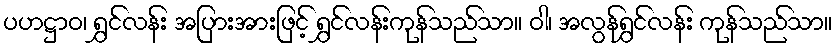
ပဟဋ္ဌာဝ၊ ရွှင်လန်း အပြားအားဖြင့် ရွှင်လန်းကုန်သည်သာ။ ဝါ၊ အလွန်ရွှင်လန်း ကုန်သည်သာ။